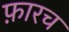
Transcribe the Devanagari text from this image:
फ़ारच